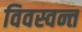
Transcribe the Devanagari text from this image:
विवस्वन्त